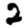
Digit: 2